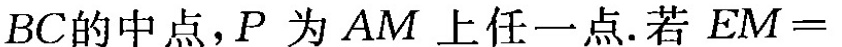
BC的中点，P为AM上任一点。若EM=